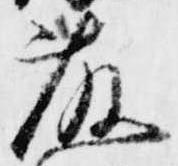
藤